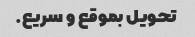
تحویل بموقع و سریع.